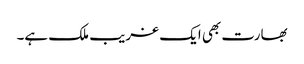
بھارت بھی ایک غریب ملک ہے۔